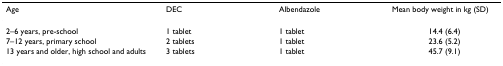
<table><thead><tr><td><b>Age</b></td><td><b>DEC</b></td><td><b>Albendazole</b></td><td><b>Mean body weight in kg (SD)</b></td></tr></thead><tbody><tr><td>2–6 years, pre-school</td><td>1 tablet</td><td>1 tablet</td><td>14.4 (6.4)</td></tr><tr><td>7–12 years, primary school</td><td>2 tablets</td><td>1 tablet</td><td>23.6 (5.2)</td></tr><tr><td>13 years and older, high school and adults</td><td>3 tablets</td><td>1 tablet</td><td>45.7 (9.1)</td></tr></tbody></table>